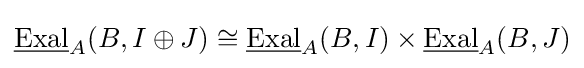
{\underline {\text{Exal}}}_{A}(B,I\oplus J)\cong {\underline {\text{Exal}}}_{A}(B,I)\times {\underline {\text{Exal}}}_{A}(B,J)